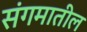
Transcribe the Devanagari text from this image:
संगमातील